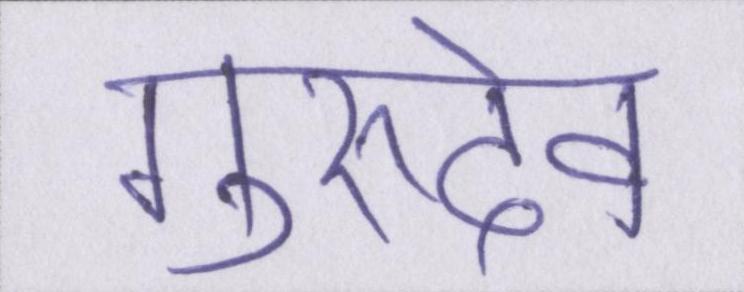
गुरुदेव